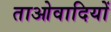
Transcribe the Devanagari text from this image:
ताओवादियों